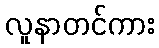
လူနာတင်ကား